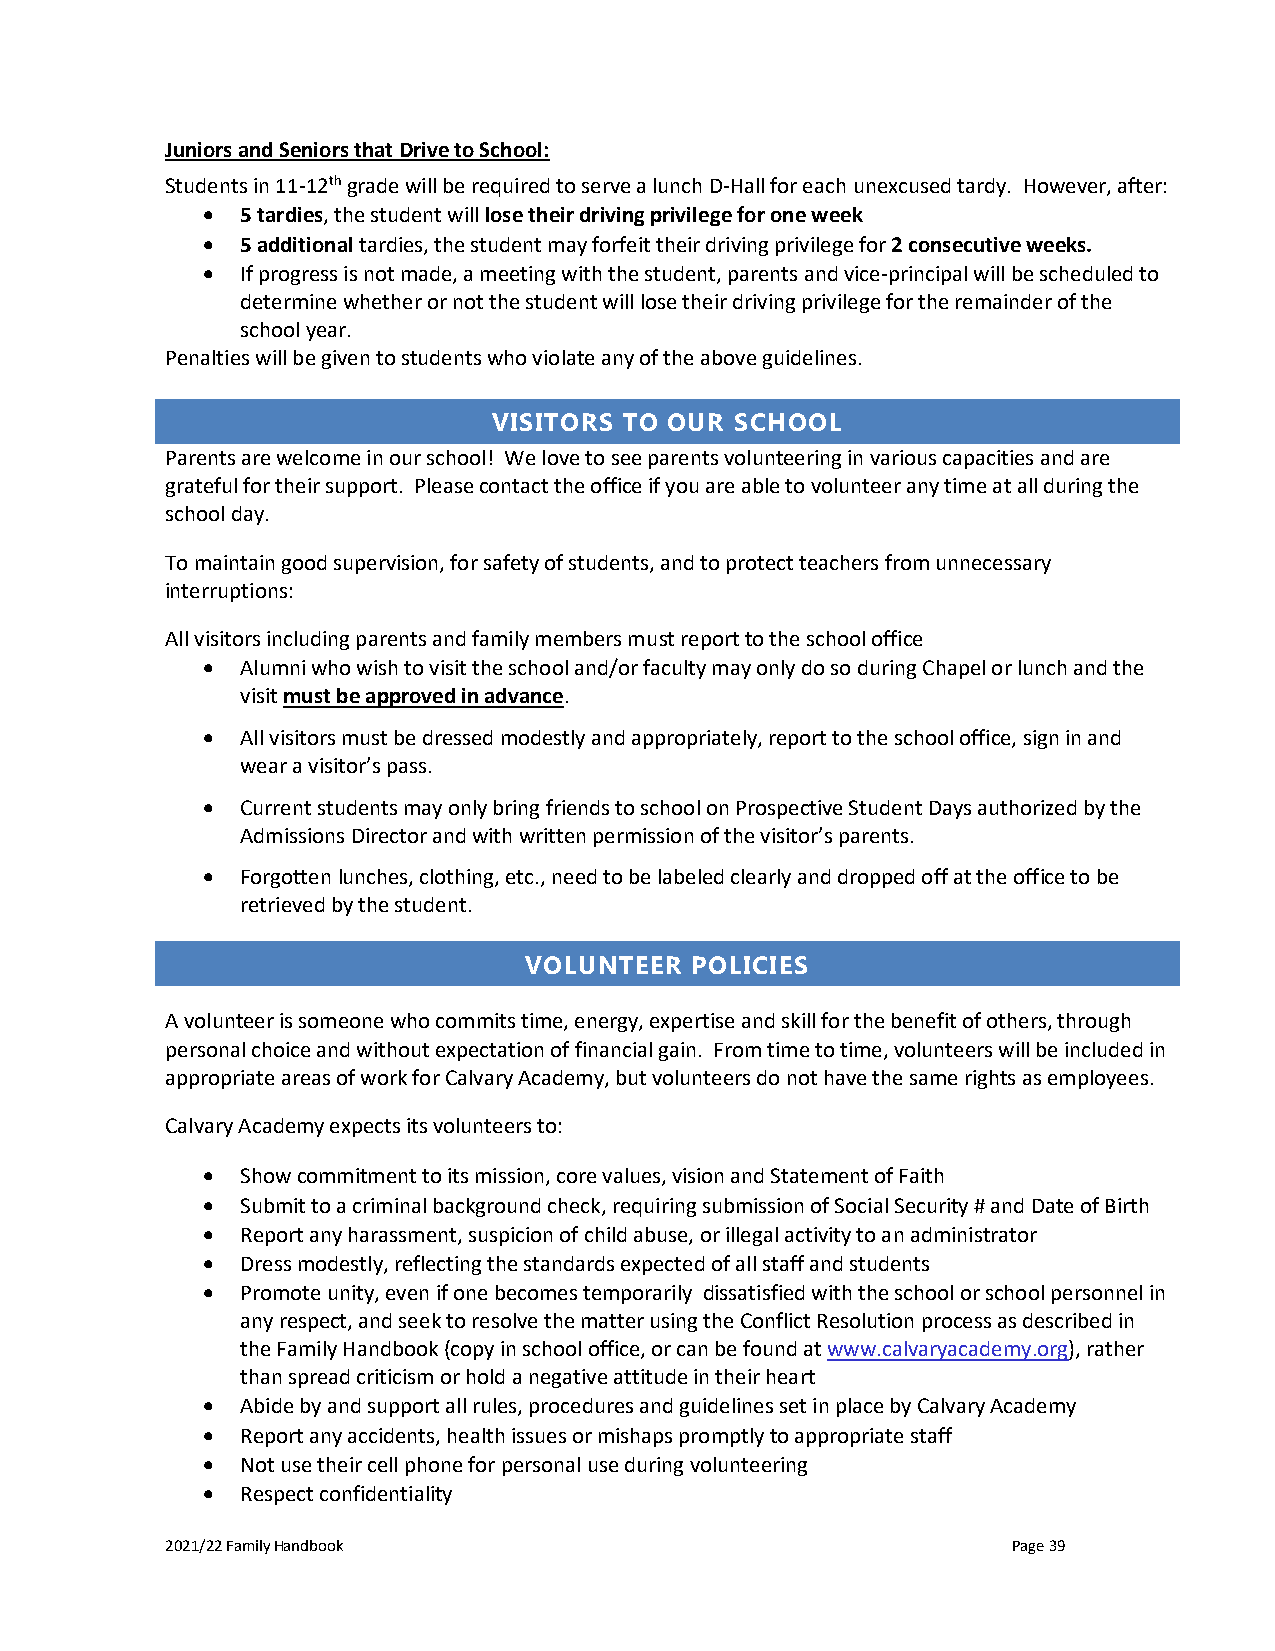
Juniors and Seniors that Drive to School:
 Students in 11-12th grade will be required to serve a lunch D-Hall for each unexcused tardy. However, after:
 •  5 tardies, the student will lose their driving privilege for one week
 •  5 additional tardies, the student may forfeit their driving privilege for 2 consecutive weeks.
 •  If progress is not made, a meeting with the student, parents and vice-principal will be scheduled to
 determine whether or not the student will lose their driving privilege for the remainder of the
 school year.
 Penalties will be given to students who violate any of the above guidelines.
 VISITORS TO OUR SCHOOL
 Parents are welcome in our school! We love to see parents volunteering in various capacities and are
 grateful for their support. Please contact the office if you are able to volunteer any time at all during the
 school day.
 To maintain good supervision, for safety of students, and to protect teachers from unnecessary
 interruptions:
 All visitors including parents and family members must report to the school office
 •  Alumni who wish to visit the school and/or faculty may only do so during Chapel or lunch and the
 visit must be approved in advance.
 •  All visitors must be dressed modestly and appropriately, report to the school office, sign in and
 wear a visitor’s pass.
 •  Current students may only bring friends to school on Prospective Student Days authorized by the
 Admissions Director and with written permission of the visitor’s parents.
 •  Forgotten lunches, clothing, etc., need to be labeled clearly and dropped off at the office to be
 retrieved by the student.
 VOLUNTEER  POLICIES
 A volunteer is someone who commits time, energy, expertise and skill for the benefit of others, through
 personal choice and without expectation of financial gain. From time to time, volunteers will be included in
 appropriate areas of work for Calvary Academy, but volunteers do not have the same rights as employees.
 Calvary Academy expects its volunteers to:
 •  Show commitment to its mission, core values, vision and Statement of Faith
 •  Submit to a criminal background check, requiring submission of Social Security # and Date of Birth
 •  Report any harassment, suspicion of child abuse, or illegal activity to an administrator
 •  Dress modestly, reflecting the standards expected of all staff and students
 •  Promote unity, even if one becomes temporarily dissatisfied with the school or school personnel in
 any respect, and seek to resolve the matter using the Conflict Resolution process as described in
 the Family Handbook (copy in school office, or can be found at www.calvaryacademy.org), rather
 than spread criticism or hold a negative attitude in their heart
 •  Abide by and support all rules, procedures and guidelines set in place by Calvary Academy
 •  Report any accidents, health issues or mishaps promptly to appropriate staff
 •  Not use their cell phone for personal use during volunteering
 •  Respect confidentiality
 2021/22 Family Handbook                                 Page 39